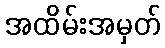
အထိမ်းအမှတ်